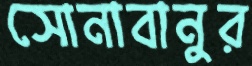
সোনাবানুর